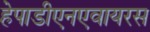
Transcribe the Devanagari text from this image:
हेपाडीएनएवायरस